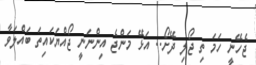
ޖެހޭނީ ހަމަ ތި ޖޯލި ދޭށޯ.. އަޅޭ މަންޖެ އިންނަނީ ޖޯއްޔަކައިތަ ބައްލަވާ